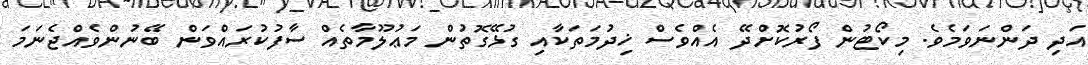
އަދި ދަންނަވަމެވެ. މިކޯޓުން ފޯރުކޮށްދޭ އެއްވެސް ޚިދުމަތަކާއި ގުޅޭގޮތުން މަޢުލޫމާތެއް ސާފުކުރައްވަން ބޭނުންވެއްޖެނަމަ